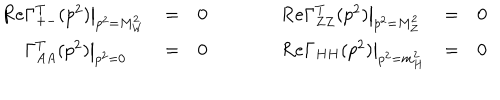
\begin{array} { l c c c l c c } { { { \mathrm R e } \Gamma _ { + - } ^ { T } ( p ^ { 2 } ) \big | _ { p ^ { 2 } = M _ { W } ^ { 2 } } } } & { { = } } & { { 0 } } & { { \qquad } } & { { { \mathrm R e } \Gamma _ { Z Z } ^ { T } ( p ^ { 2 } ) \big | _ { p ^ { 2 } = M _ { Z } ^ { 2 } } } } & { { = } } & { { 0 } } \\ { { \phantom { \mathrm R e } \Gamma _ { A A } ^ { T } ( p ^ { 2 } ) \big | _ { p ^ { 2 } = 0 } } } & { { = } } & { { 0 } } & { { \qquad } } & { { { \mathrm R e } \Gamma _ { H H } ( p ^ { 2 } ) \big | _ { p ^ { 2 } = m _ { H } ^ { 2 } } } } & { { = } } & { { 0 } } \\ \end{array}